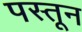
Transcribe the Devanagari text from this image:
पस्तून